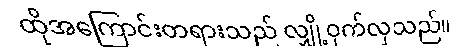
ထိုအကြောင်းတရားသည် လျှို့ဝှက်လှသည်။